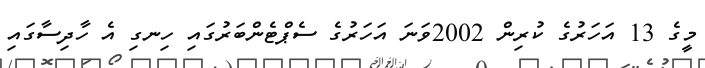
މީގެ 13 އަހަރުގެ ކުރިން 2002ވަނަ އަހަރުގެ ސެޕްޓެންބަރުގައި ހިނގި އެ ހާދިސާގައި